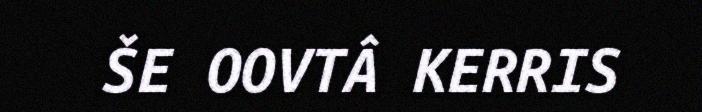
ŠE OOVTÂ KERRIS